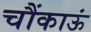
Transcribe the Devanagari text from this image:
चौंकाऊं